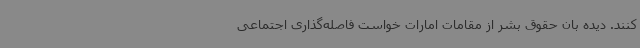
کنند. دیده بان حقوق بشر از مقامات امارات خواست فاصله‌گذاری اجتماعی